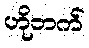
ဟိုဘက်